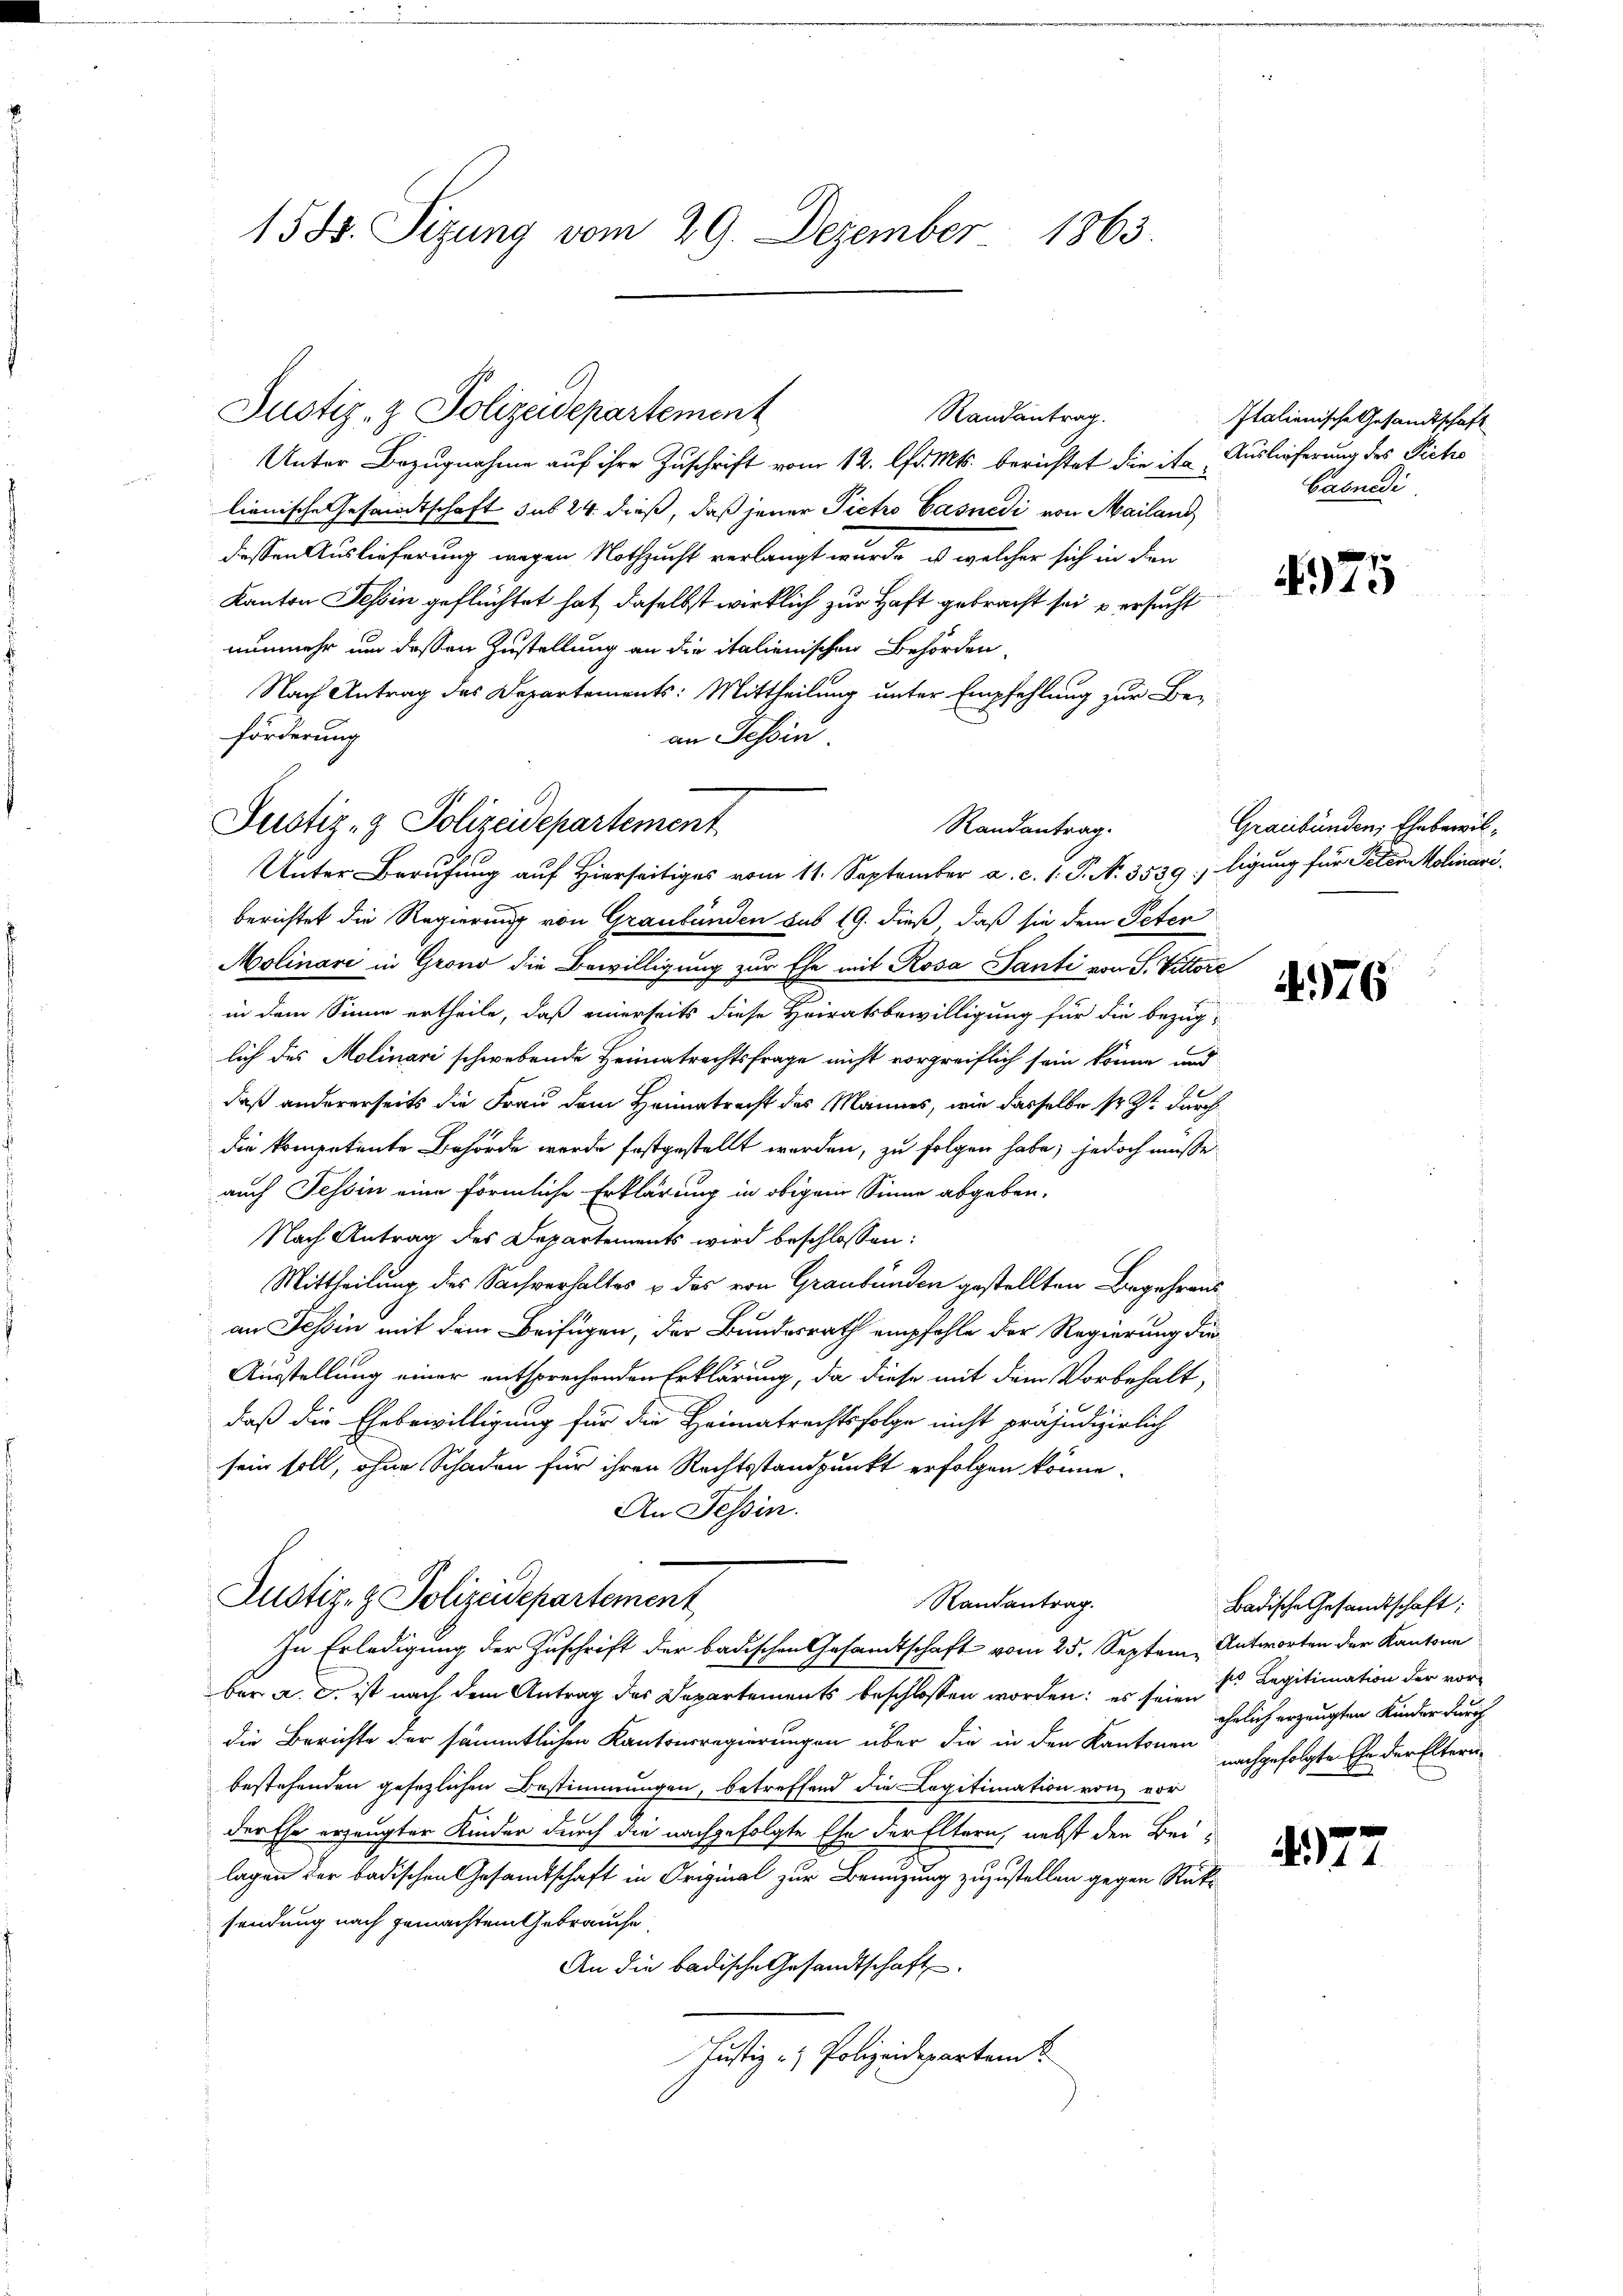
158. Sizung vom 29. Dezember 1863.

Justiz- & Polizeidepartement

Randantrag.
Unter Bezugnahme auf ihre Zuschrift vom 12. lfd. Mts. berichtet die italienische Gesandtschaft sub 24 dieß, daß jener Pietro Casnedi von Mailand
dessen Auslieferung wegen Nothzucht verlangt wurde, u welcher sich in den
Kanton Tessin geflüchtet hat, daselbst wirklich zur Haft gebracht sei u ersucht
nunmehr um dessen Zustellung an die italienischen Behörden,
Nach Antrag des Departements: Mittheilung unter Empfehlung zur Beförderung
an Tessin
Randantrag.
Unter Berufung auf Hierseitiges vom 11. September a. c. 1. P. N. 3539: ligung für Peten Molinari
berichtet die Regierung von Graubünden sub 19. dieß, daß sie dem Peter
Molinari in Grono die Bewilligung zur Ehe mit Rosa Tanti von S. Vittore
in dem Sinne ertheile, daß einerseits diese Heiratsbewilligung für die bezuglich des Molinari schwebende Heimatrechtsfrage nicht vorgreiflich sein könne und
1
daß andererseits die Frau dem Heimatrecht des Mannes, wie dasselbe sr. Zt. durchdie kompetente Behörde wurde festgestellt werden, zu folgen habe; jedoch müsse
auch Tessin eine förmliche Erklärung in obigem Sinne abgeben.
Nach Antrag des Departements wird beschlossen:
Mittheilung des Sachverhaltes & des von Graubünden gestellten Begehrens
an Tessin mit dem Beifügen, der Bundesrath empfohle der Regierung die
Ausstellung einer entsprechenden Erklärung, da diese mit dem Vorbehalt,
daß die Ehebewilligung für die Heimatrechtsfolge nicht präjudizierlich
sein soll, ohne Schaden für ihren Rechtsstandpunkt erfolgen könne.
An Tessin.
Justiz- & Polizeidepartement
Randantrag.
In Erledigung der Zuschrift der badischen Gesandtschaft vom 25. Septem Antworten der Kantone
ber a. c. ist nach dem Antrag des Departements beschlossen worden; es sein Legitimation der vordie Berichte der sämmtlichen Kantonsregierungen über die in den Kantonen
bestehenden gesezlichen Bestimmungen, betreffend die Legitimation von vor
der Ehe erzeugter Kinder durch die nachgefolgte Ehe der Eltern, nebst den Beilagen der badischen Gesamtschaft in Original zur Benuzung zuzustellen gegen Rücke
sendung nach gemachtem Gebrauche,
An die badische Gesandtschaft
Justiz- & Polizeidepartamt

Justiz- & Polizeidepartement

Italienische Gesandtschaft
Auslieferung des Picho
Caenedi

4975

Graubünden, Ehebewil¬

.376

477

Badische Gesandtschaft:
ehelich erzeugten Kinder durch
nachgefolgte Ehe der Eltern